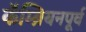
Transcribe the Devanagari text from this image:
कॅम्ब्रियनपूर्व